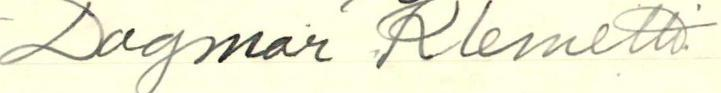
Dagmar Klemetti